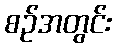
စဉ်အတွင်း